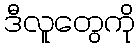
ဒီလူတွေကို